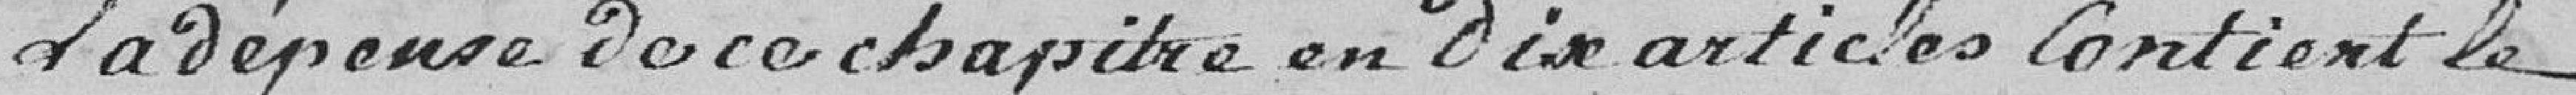
La dépense de ce chapitre en 10 articles contient le